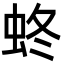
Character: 𧊂